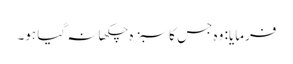
فرمایا: وہ جس کا سبزہ چکھا نہ گیا ہو۔